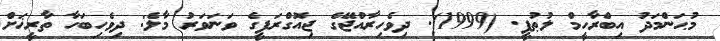
މުޙަންމަދު އިބްރާހީމް ލުޠުފީ. (1999). ދިވެހިރާއްޖޭގެ ޖިއޮގްރަފީގެ ވަނަވަރު މާލެ: ދިވެހިބަހާ ތާރީޚަށް